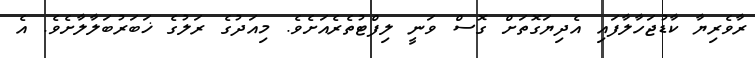
ރާވެރިޔާ ކާޑުޖަހާލާފައި އެދިޔަގޮތަށް ގޮސް ވަނީ ލިފްޓުތެރެއަށެވެ. މިއަދުގެ ރަލުގެ ޚަބަރުބަލާލާށެވެ. އެ